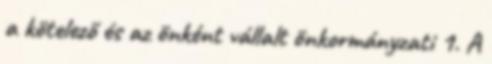
a kötelező és az önként vállalt önkormányzati 1. A